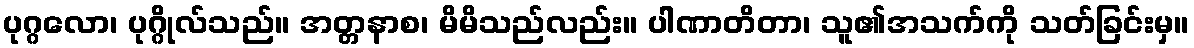
ပုဂ္ဂလော၊ ပုဂ္ဂိုလ်သည်။ အတ္တနာစ၊ မိမိသည်လည်း။ ပါဏာတိတာ၊ သူ၏အသက်ကို သတ်ခြင်းမှ။